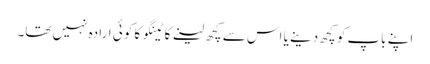
اپنے باپ کو کچھ دینے یا اس سے کچھ لینے کاٹینگو کا کوئی ارادہ نہیں تھا۔